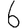
Digit: 6